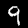
Label: 9